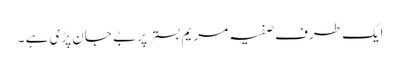
ایک طرف صفیہ مریم بستر پر بے جان پڑی ہے ۔